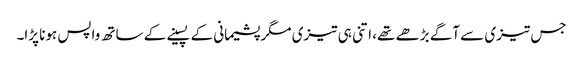
جس تیزی سے آگے بڑھے تھے، اتنی ہی تیزی مگر پشیمانی کے پسینے کے ساتھ واپس ہونا پڑا۔